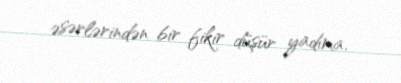
əsərlərindən bir fikir düşür yadıma.